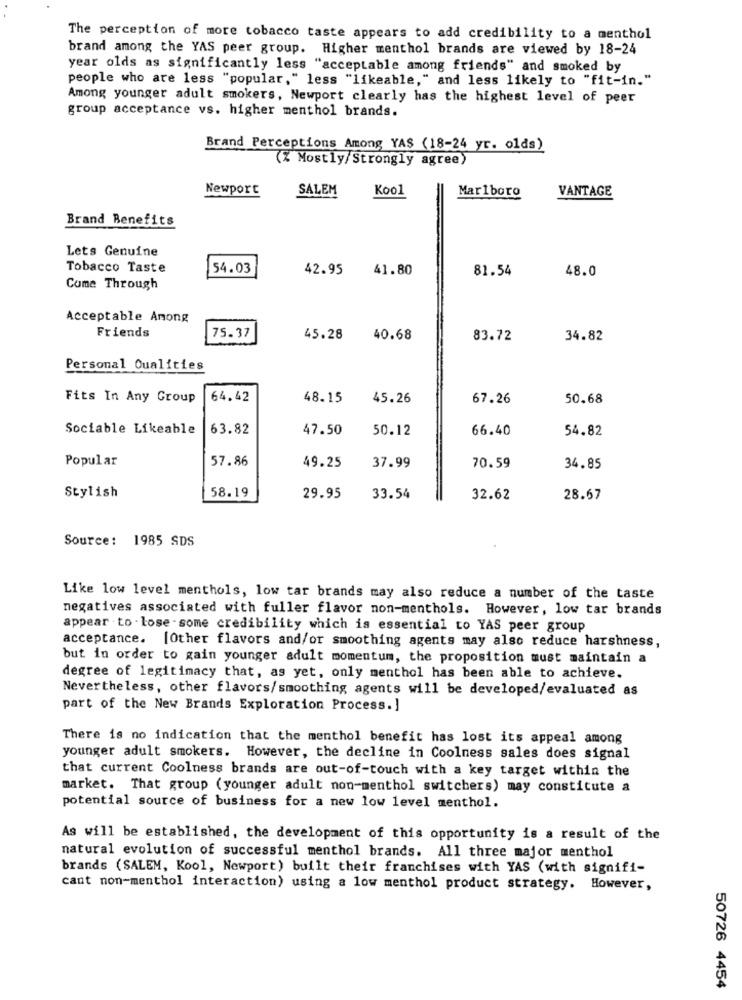
The perception of more tobacco taste appears to add credibility to a menthol
brand among the YAS peer group. Higher menthol brands are viewed by 18-24
year olds as significantly less "acceptable among friends" and smoked by
people who are less "popular," less "likeable," and less likely to "fit-in."
Among younger adult smokers, Newport clearly has the highest level of peer
group acceptance vs. higher menthol brands.
Brand Perceptions Among YAS (18-24 yr. olds)
(% Mostly/ Strongly agree)
Newport
SALEM
Kool
Marlboro
VANTAGE
Brand Benefits
Lets Genuine
Tobacco Taste
54.03
42.95
41.80
81.54
48.0
Come Through
Acceptable Anong
Friends
75.37
45.28
40.68
83.72
34.82
Personal Qualities
Fits In Any Group
64.42
48.15
45.26
67.26
50.68
Sociable Likeable
63.82
47.50
50.12
66.40
54.82
Popular
57.86
49.25
37.99
70.59
34.85
Stylish
58.19
29.95
33.54
32.62
28.67
Source: 1985 SDS
Like low level menthols, low tar brands may also reduce a number of the taste
negatives associated with fuller flavor non-menthols. However, low tar brands
appear to - lose - some credibility which is essential to YAS peer group
acceptance. [Other flavors and/or smoothing agents may also reduce harshness,
but in order to gain younger adult momentum, the proposition must maintain a
degree of legitimacy that, as yet, only menthol has been able to achieve.
Nevertheless, other flavors/smoothing agents will be developed/evaluated as
part of the New Brands Exploration Process.]
There is no indication that the menthol benefit has lost its appeal among
younger adult smokers. However, the decline in Coolness sales does signal
that current Coolness brands are out-of-touch with a key target within the
market. That group (younger adult non-menthol switchers) may constitute a
potential source of business for a new low level menthol.
As will be established, the development of this opportunity is a result of the
natural evolution of successful menthol brands. All three major menthol
brands (SALEM, Kool, Newport) built their franchises with YAS (with signifi-
cant non-menthol interaction) using a low menthol product strategy. However,
50726 4454